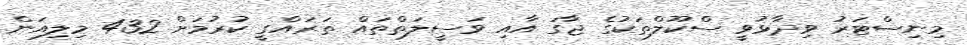
މިނިސްޓަރު ވިދާޅުވީ ސްކޫލްތަކުގެ ޖާގަ އާއި ވަސީލަތްތައް ތަރައްގީ ކުރުމަށް 432 މިލިއަން